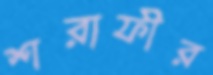
শরাফীর